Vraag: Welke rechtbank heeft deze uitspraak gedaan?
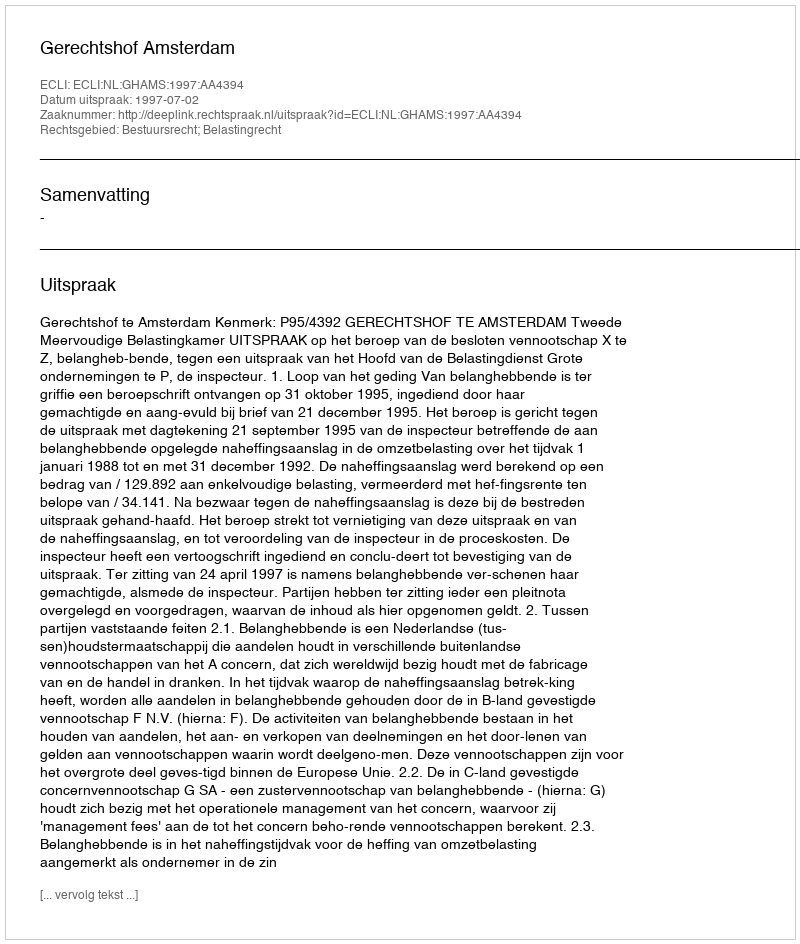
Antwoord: Gerechtshof Amsterdam